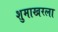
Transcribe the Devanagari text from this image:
शुमाखरला